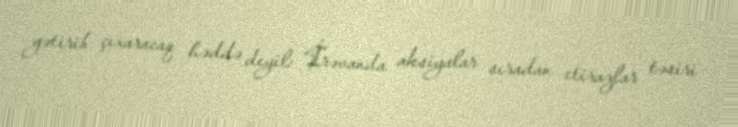
gətirib çıxaracaq həddə deyil: “İrəvanda aksiyalar sıradan etirazlar təsiri